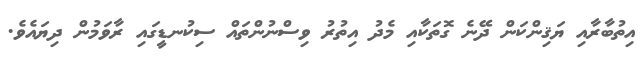
އިތުބާރާއި ޔަޤިންކަން ދޭނެ ގޮތަކާއި މެދު އިތުރު ވިސްނުންތައް ސިކުނޑީގައި ރާވަމުން ދިޔައެވެ.